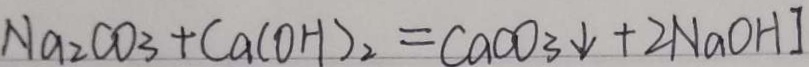
N a _ { 2 } C O _ { 3 } + C a ( O H ) _ { 2 } = C a C O _ { 3 } \downarrow + 2 N a O H ]